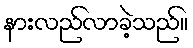
နားလည်လာခဲ့သည်။